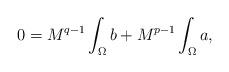
LaTeX: \begin{align*} 0=M^{q-1} \int_\Omega b + M^{p-1} \int_\Omega a,\end{align*}